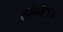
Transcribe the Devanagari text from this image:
होर्मोज़ग्न